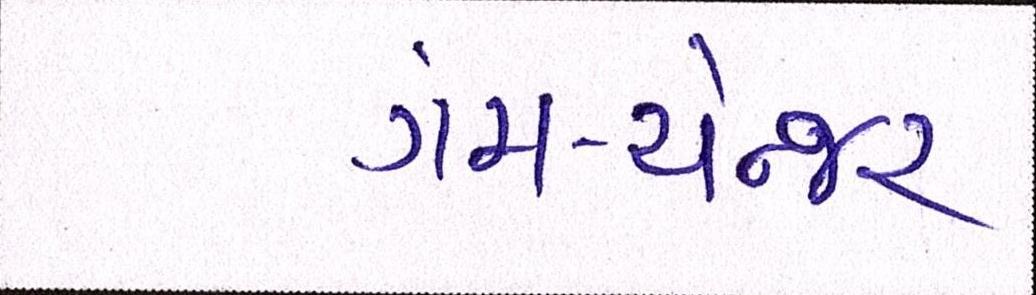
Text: ગેમ-ચેન્જર